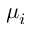
\mu _ { i }